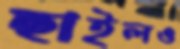
ছাইলও